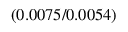
( 0 . 0 0 7 5 / 0 . 0 0 5 4 )